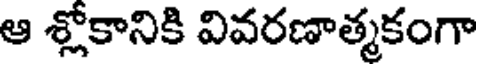
ఆ శ్లోకానికి వివరణాత్మకంగా